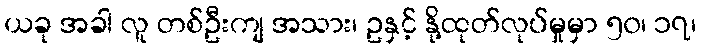
ယခု အခါ လူ တစ်ဦးကျ အသား၊ ဥနှင့် နို့ထုတ်လုပ်မှုမှာ ၅၀၊ ၁၇၊